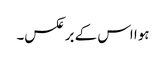
ہوا اس کے برعکس۔